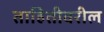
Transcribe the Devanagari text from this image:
ताहितीवरील